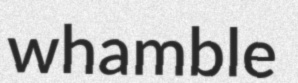
whamble